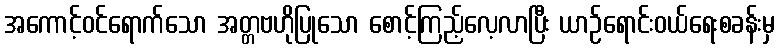
အကောင့်ဝင်ရောက်သော အတ္တဗဟိုပြုသော စောင့်ကြည့်လေ့လာပြီး ယာဉ်ရောင်းဝယ်ရေးစခန်းမှ